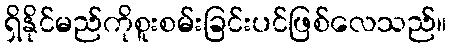
ရှိနိုင်မည်ကိုစူးစမ်းခြင်းပင်ဖြစ်လေသည်။